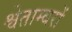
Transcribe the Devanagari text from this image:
श्वेताम्बरों